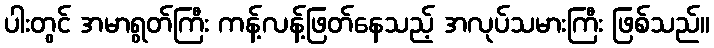
ပါးတွင် အမာရွတ်ကြီး ကန့်လန့်ဖြတ်နေသည့် အလုပ်သမားကြီး ဖြစ်သည်။